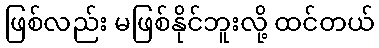
ဖြစ်လည်း မဖြစ်နိုင်ဘူးလို့ ထင်တယ်